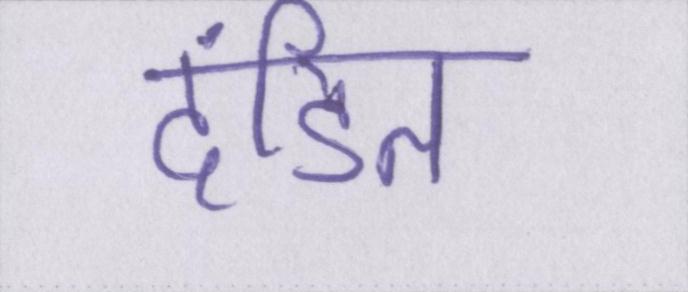
दंडित